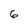
Character: 6